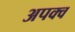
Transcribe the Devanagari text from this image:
अपक्‍व